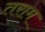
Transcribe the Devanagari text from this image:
तराम